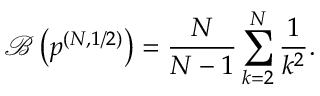
\mathcal { B } \left( \boldsymbol { p } ^ { ( N , 1 / 2 ) } \right) = \frac { N } { N - 1 } \sum _ { k = 2 } ^ { N } \frac { 1 } { k ^ { 2 } } .